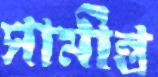
সামীন্ত